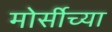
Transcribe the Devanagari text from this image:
मोर्सीच्या